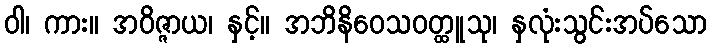
ဝါ၊ ကား။ အဝိဇ္ဇာယ၊ နှင့်။ အဘိနိဝေသဝတ္ထူသု၊ နှလုံးသွင်းအပ်သော